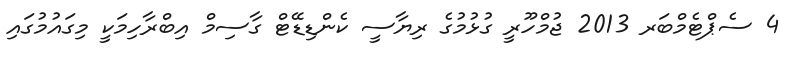
4 ސެޕްޓެމްބަރ 2013 ޖުމްހޫރީ ގުޅުމުގެ ރިޔާސީ ކެންޑިޑޭޓް ގާސިމް އިބްރާހިމަކީ މިގައުމުގައި